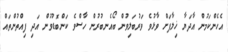
އެހެންކަމުން އާދަޔާ ޚިލާފަށް ވާޅުވެ ވަރުބަލިވުން ބޯއެނބުރުން ހާސްވެ ކަންބޮޑުވުން އަދި ފިއްތުންތައް